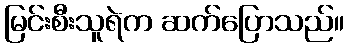
မြင်းစီးသူရဲက ဆက်ပြောသည်။